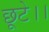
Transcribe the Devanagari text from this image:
छूटे।।